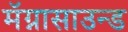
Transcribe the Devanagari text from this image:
मॅग्नासाउन्ड